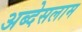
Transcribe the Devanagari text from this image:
अब्देसलाम